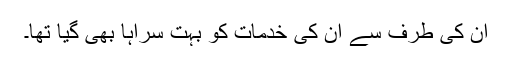
ان کی طرف سے اِن کی خدمات کو بہت سراہا بھی گیا تھا۔